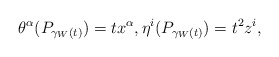
\begin{align*}\theta^\alpha(P_{\gamma_W(t)}) = tx^\alpha, \eta^i(P_{\gamma_W(t)}) = t^2z^i,\end{align*}